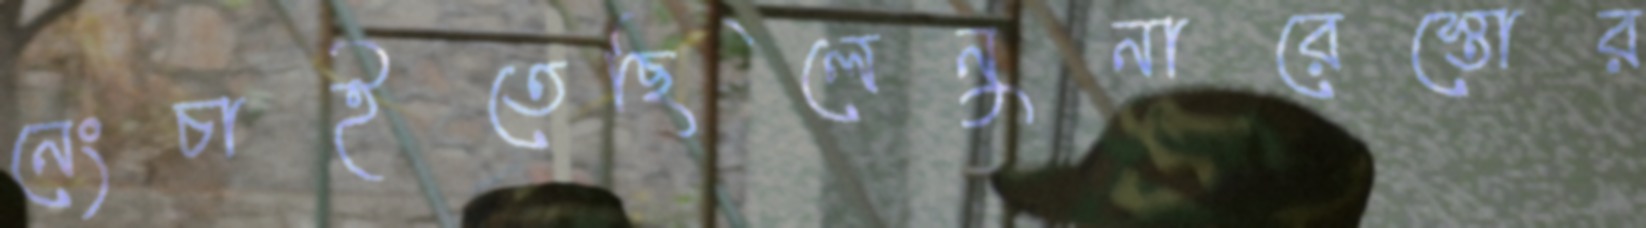
নেংচাইতেছিলেনুনারেস্তোর